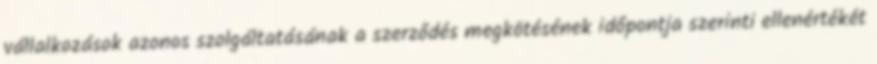
vállalkozások azonos szolgáltatásának a szerződés megkötésének időpontja szerinti ellenértékét